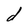
Character: d